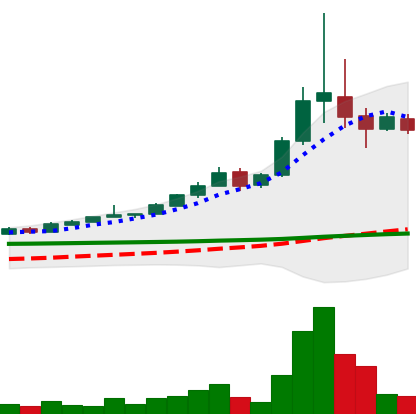
Ticker: BTC-USD
Chart end date: 2015-11-08
Forward return: -9.807%
Label: down_7plus